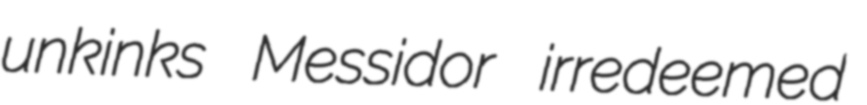
unkinks Messidor irredeemed